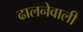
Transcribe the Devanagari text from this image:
ढालनेवाली